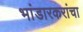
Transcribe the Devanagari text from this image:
भांडारकरांचा